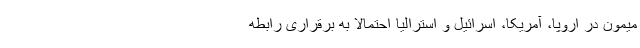
میمون در اروپا، آمریکا، اسرائیل و استرالیا احتمالا به برقراری رابطه